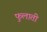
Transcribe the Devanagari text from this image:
फुलाती